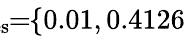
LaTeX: \! \! \! \! \! \! \! \overline{{\lambda}}_{\mathrm{{res}}}\! \! =\! \! \{ 0.01,0.4126\} \! \! \!